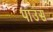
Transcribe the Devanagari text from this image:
पाउंस